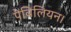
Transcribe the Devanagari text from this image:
पेविलियन।